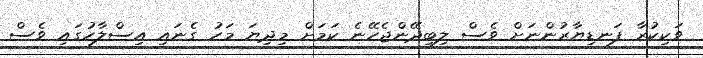
ވަކިކުރާ ފަނޑިޔާރުންނަށް ވެސް ލިބިދޭންޖެހޭނެ ކަމަށް މިދިޔަ މަހު ގެނައި އިސްލާހުގައި ވެސް